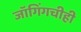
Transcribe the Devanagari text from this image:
जॉगिंगचीही